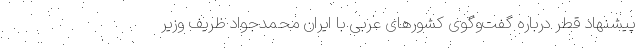
پیشنهاد قطر درباره گفت‌وگوی کشورهای عربی با ایران محمدجواد ظریف وزیر